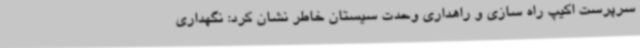
سرپرست اکیپ راه سازی و راهداری وحدت سیستان خاطر نشان کرد: نگهداری